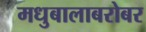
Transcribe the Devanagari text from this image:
मधुबालाबरोबर